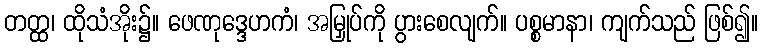
တတ္ထ၊ ထိုသံအိုး၌။ ဖေဏုဒ္ဒေဟကံ၊ အမြှုပ်ကို ပွားစေလျက်။ ပစ္စမာနာ၊ ကျက်သည် ဖြစ်၍။